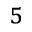
^ 5